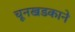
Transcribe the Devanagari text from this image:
चूनखडकाने